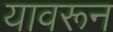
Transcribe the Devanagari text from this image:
यावरून